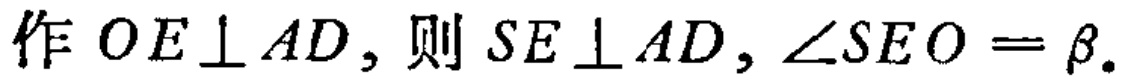
作 \(OE\perp AD\)，则 \(SE\perp AD\)，\(\angle SEO = \beta\).